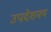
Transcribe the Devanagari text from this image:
उपदेशमय